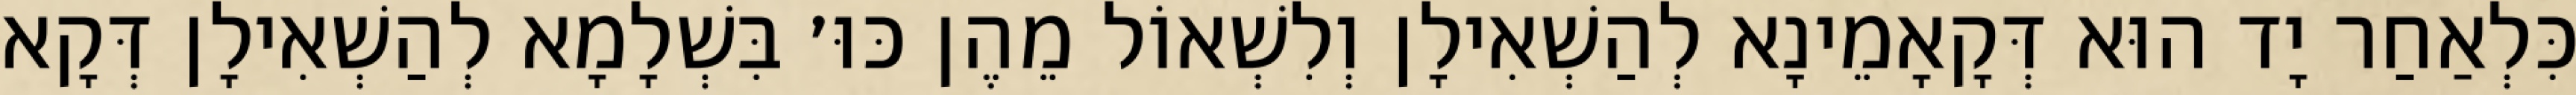
כִּלְאַחַר יָד הוּא דְּקָאָמֵינָא לְהַשְׁאִילָן וְלִשְׁאוֹל מֵהֶן כּוּ׳ בִּשְׁלָמָא לְהַשְׁאִילָן דְּקָא